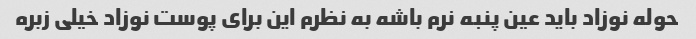
حوله نوزاد باید عین پنبه نرم باشه به نظرم این برای پوست نوزاد خیلی زبره